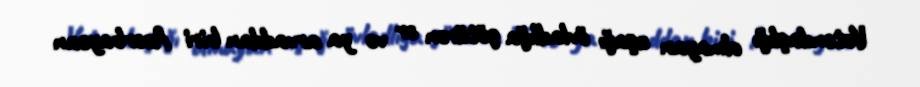
Vətəndaşlığı olmayan uşağı övladlığa götürən ər və ya arvaddan biri Azərbaycan